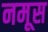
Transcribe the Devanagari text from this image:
नमूस